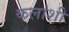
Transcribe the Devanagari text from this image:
कलांशी